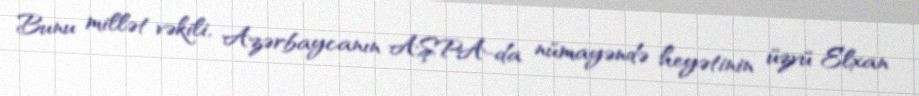
Bunu millət vəkili, Azərbaycanın AŞPA-da nümayəndə heyətinin üzvü Elxan